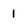
Character: 1